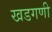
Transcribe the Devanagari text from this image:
खडगणी